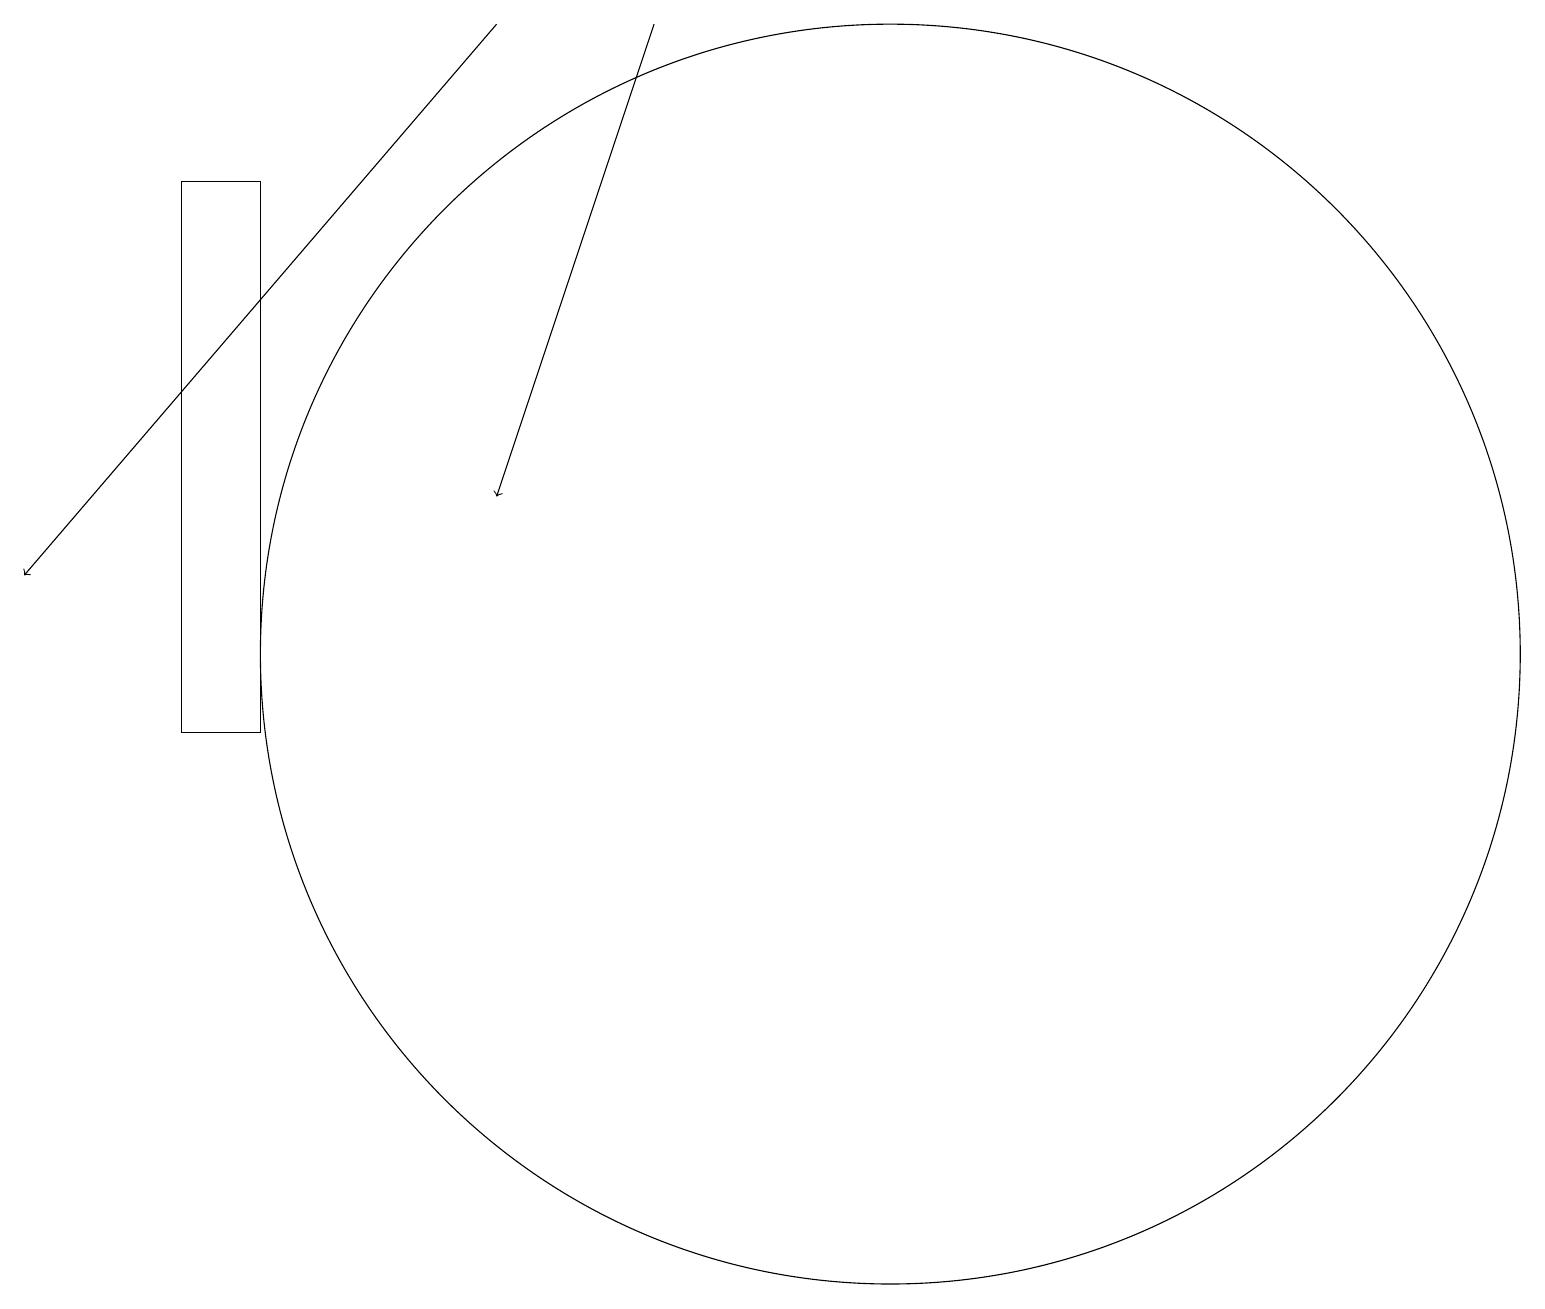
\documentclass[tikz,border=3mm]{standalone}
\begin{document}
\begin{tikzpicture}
\draw[->] (6,19) -- (0,12);
\draw (3,17) rectangle (2,10);
\draw[->] (8,19) -- (6,13);
\draw (11,11) circle (8);
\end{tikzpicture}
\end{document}